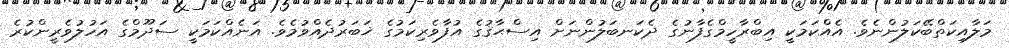
މަލާއިކަތްބޭކަލުންނެވެ. އެއްކަމަކީ އިބްރާހީމްގެފާނުގެ ދެކަނބަލުންނަށް އިސްޙާޤުގެ އުފާވެރިކަމުގެ ޚަބަރުދެއްވުމެވެ. އަނެއްކަމަކީ ސަދޫމްގެ އަހުލުވެރީންކުރެ